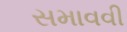
સમાવવી